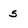
Character: 5